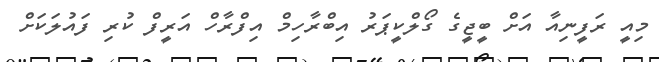
މިއީ ރަފީނިއާ އަށް ބީޖީގެ ގޯލްކީޕަރު އިބްރާހިމް އިފްރާހް އަރީފް ކުރި ފައުލަކަށް